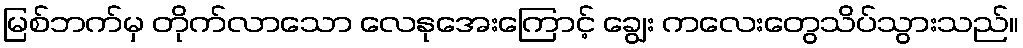
မြစ်ဘက်မှ တိုက်လာသော လေနုအေးကြောင့် ချွေး ကလေးတွေသိပ်သွားသည်။